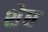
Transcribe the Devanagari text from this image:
शेध